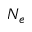
N _ { e }